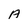
Character: A